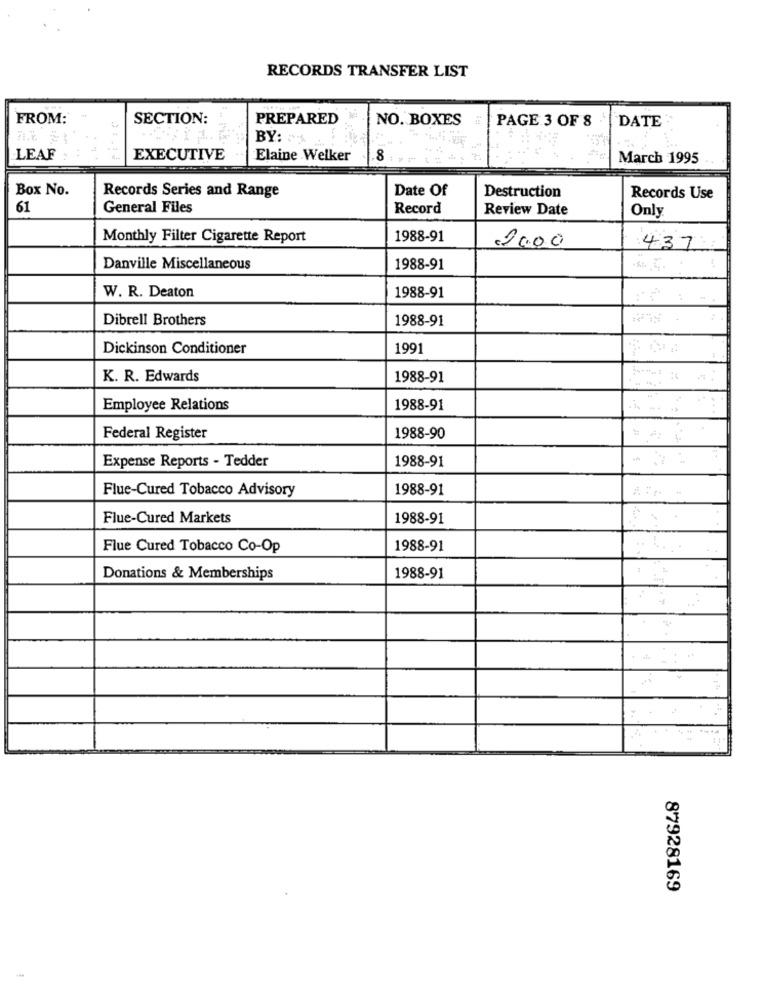
RECORDS TRANSFER LIST
FROM:
SECTION:
PREPARED
NO. BOXES
PAGE 3 OF 8
DATE :
BY:
LEAF
EXECUTIVE
Elaine Welker
8
March 1995
Box No.
Records Series and Range
Date Of
Destruction
Records Use
61
General Files
Record
Review Date
Only
Monthly Filter Cigarette Report
1988-91
20.00
437
Danville Miscellaneous
1988-91
W. R. Deaton
1988-91
Dibrell Brothers
1988-91
Dickinson Conditioner
1991
K. R. Edwards
1988-91
Employee Relations
1988-91
Federal Register
1988-90
Expense Reports - Tedder
1988-91
Flue-Cured Tobacco Advisory
1988-91
Flue-Cured Markets
1988-91
Flue Cured Tobacco Co-Op
1988-91
Donations & Memberships
1988-91
87928169